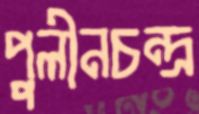
পুলীনচন্দ্র